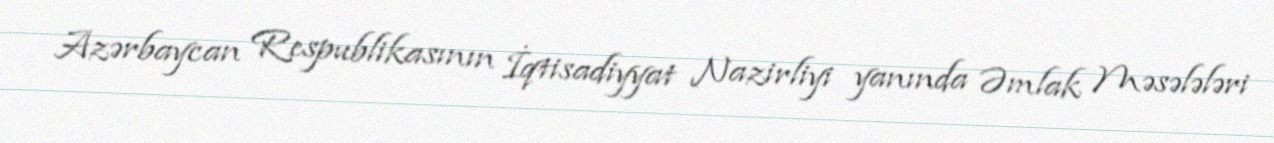
Azərbaycan Respublikasının İqtisadiyyat Nazirliyi yanında Əmlak Məsələləri